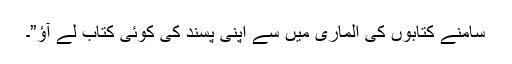
سامنے کتابوں کی الماری میں سے اپنی پسند کی کوئی کتاب لے آؤ”۔